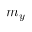
m _ { y }